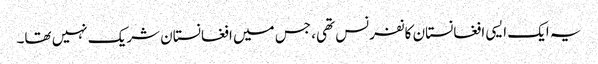
یہ ایک ایسی افغانستان کانفرنس تھی، جس میں افغانستان شریک نہیں تھا۔